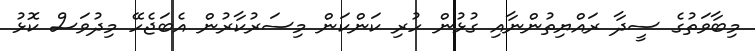
މިބާވަތުގެ ސީދާ ރައްޔިތުންނާއި ގުޅުން ހުރި ކަންކަން މިސަރުކާރުން އެބަޖެހޭ މިދުވަސް ކޮޅު